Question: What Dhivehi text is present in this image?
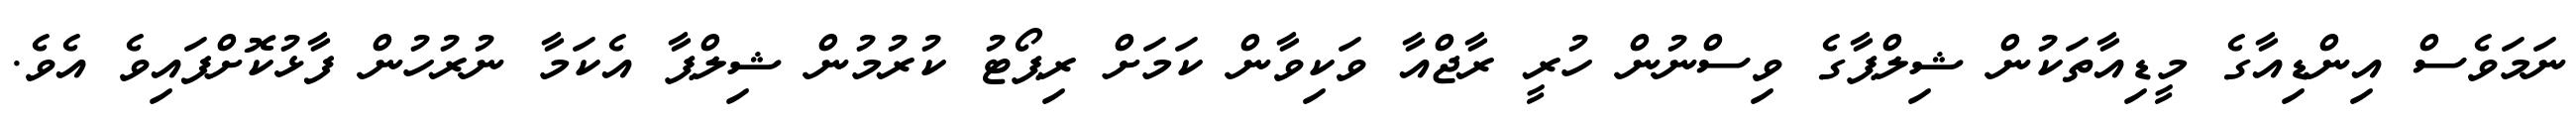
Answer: ނަމަވެސް އިންޑިއާގެ މީޑިއާތަކުން ޝިލްޕާގެ ވިސްނުން ހުރީ ރާޖްއާ ވަކިވާން ކަމަށް ރިޕޯޓު ކުރުމުން ޝިލްޕާ އެކަމާ ނުރުހުން ފާޅުކޮށްފައިވެ އެވެ.